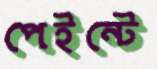
পেইন্টে